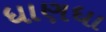
ધાણધા